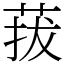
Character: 菝